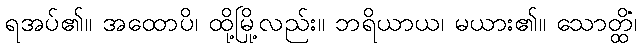
ရအပ်၏။ အထောပိ၊ ထို့မြို့လည်း။ ဘရိယာယ၊ မယား၏။ သောတ္ထိံ၊